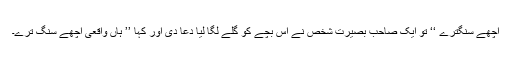
اچھے سنگترے ‘‘ تو ایک صاحب بصیرت شخص نے اس بچے کو گلے لگا لیا دعا دی اور کہا ’’ ہاں واقعی اچھے سنگ ترے۔